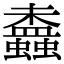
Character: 𧔵